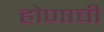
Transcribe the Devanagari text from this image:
होणाची